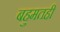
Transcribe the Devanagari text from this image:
बहुमतही